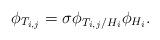
LaTeX: \begin{align*}\phi_{T_{i,j}} = \sigma \phi_{T_{i,j}/H_i} \phi_{H_i}.\end{align*}